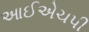
આઈએચપી